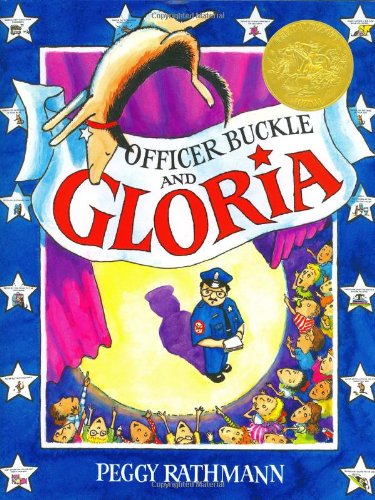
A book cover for Officer Buckle & Gloria (Caldecott Medal Book); Peggy Rathmann; Children's Books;